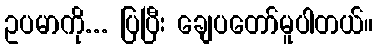
ဥပမာကို... ပြပြီး ချေပတော်မူပါတယ်။